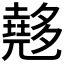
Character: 𡗉